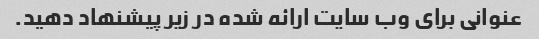
عنوانی برای وب سایت ارائه شده در زیر پیشنهاد دهید.